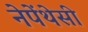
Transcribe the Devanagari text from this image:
नेपेंथेसी